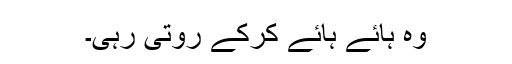
وہ ہائے ہائے کرکے روتی رہی۔